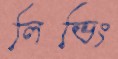
লিভিং